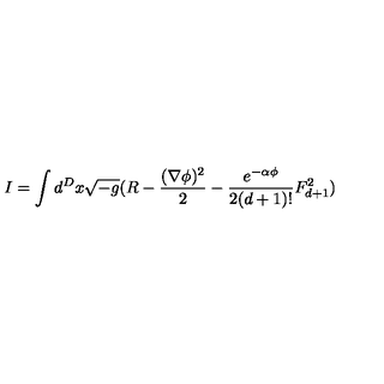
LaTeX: I = \int d ^ { D } x \sqrt { - g } ( R - \frac { ( \nabla \phi ) ^ { 2 } } { 2 } - \frac { e ^ { - \alpha \phi } } { 2 ( d + 1 ) ! } F _ { d + 1 } ^ { 2 } )